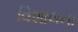
વિશાલના